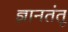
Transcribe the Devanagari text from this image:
ज्ञानतंतू